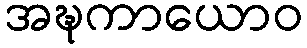
အဍ္ဎကာယောဝ